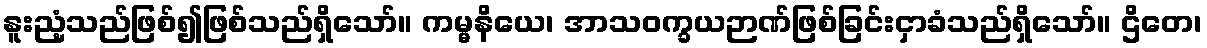
နူးညံ့သည်ဖြစ်၍ဖြစ်သည်ရှိသော်။ ကမ္မနိယေ၊ အာသဝက္ခယဉာဏ်ဖြစ်ခြင်းငှာခံသည်ရှိသော်။ ဌိတေ၊